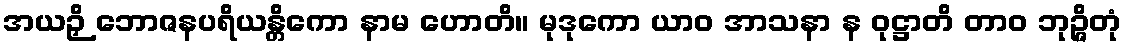
အယဉှိ ဘောဇနပရိယန္တိကော နာမ ဟောတိ။ မုဒုကော ယာဝ အာသနာ န ဝုဋ္ဌာတိ တာဝ ဘုဉ္ဇိတုံ